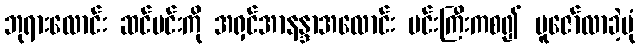
ဘုရားလောင်း ဆင်မင်းကို အရှင်အာနန္ဒာအလောင်း မင်းကြီးကစ၍ ပူဇော်လာခဲ့ပုံ